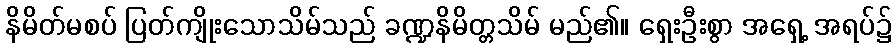
နိမိတ်မစပ် ပြတ်ကျိုးသောသိမ်သည် ခဏ္ဍနိမိတ္တသိမ် မည်၏။ ရှေးဦးစွာ အရှေ့ အရပ်၌